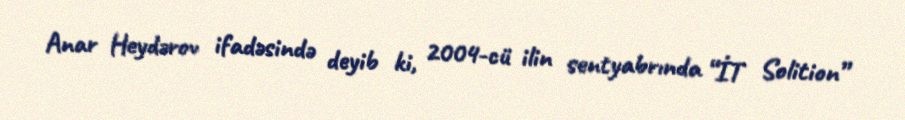
Anar Heydərov ifadəsində deyib ki, 2004-cü ilin sentyabrında “İT Solition”